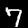
Label: 7